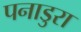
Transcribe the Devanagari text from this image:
पनाडुरा